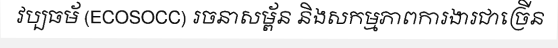
វប្បធម័ (ECOSOCC) រចនាសម្ព័ន និងសកម្មភាពការងារជាច្រើន